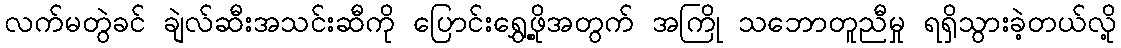
လက်မတွဲခင် ချဲလ်ဆီးအသင်းဆီကို ပြောင်းရွှေ့ဖို့အတွက် အကြို သဘောတူညီမှု ရရှိသွားခဲ့တယ်လို့